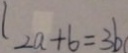
l 2 a + b = 3 b